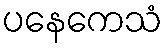
ပနေကေသံ